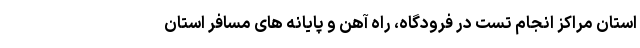
استان مراکز انجام تست در فرودگاه، راه آهن و پایانه های مسافر استان